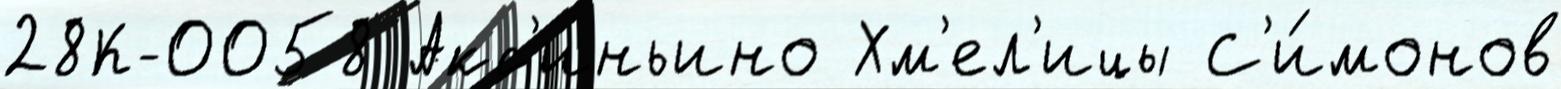
28К-0058 Акс'иньино Хм'ел'ицы С'и́монов